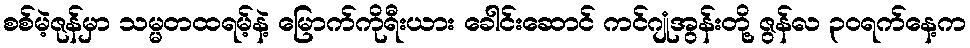
စစ်မဲ့ဇုန်မှာ သမ္မတထရမ့်နဲ့ မြောက်ကိုရီးယား ခေါင်းဆောင် ကင်ဂျုံအွန်းတို့ ဇွန်လ ၃ဝရက်နေ့က